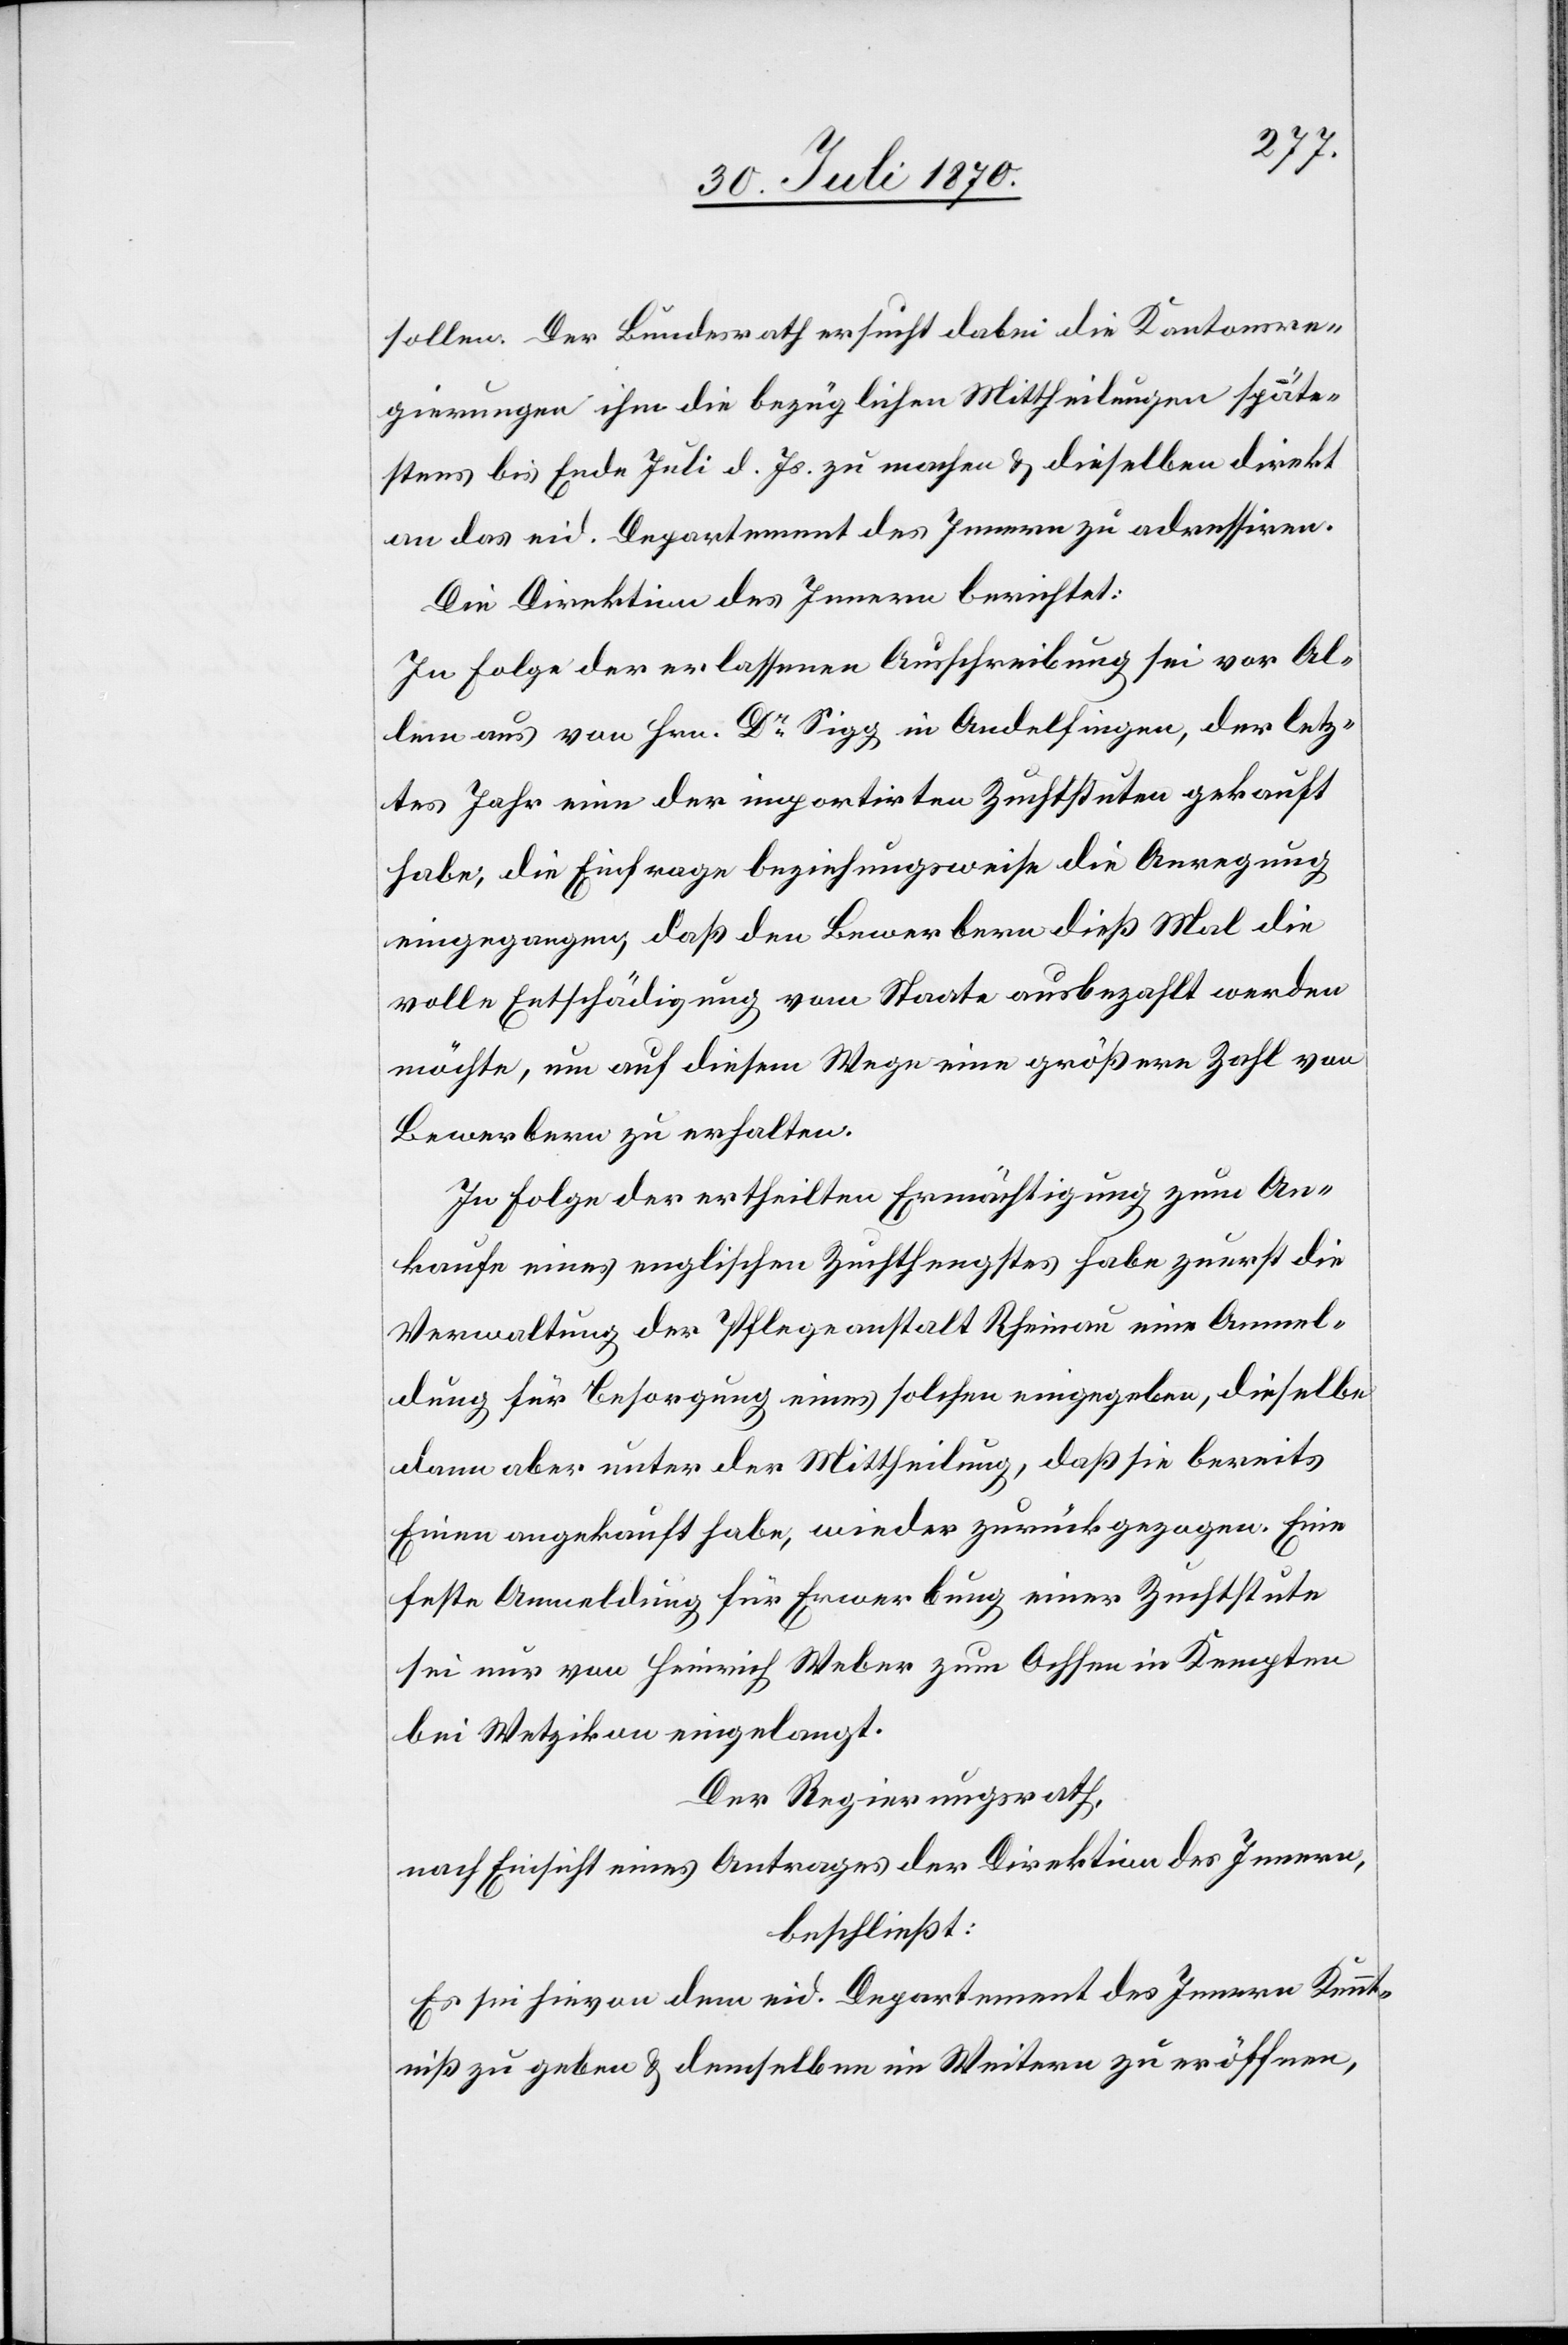
sollen. Der Bundesrath ersucht dabei die Kantonsre¬
gierungen ihm die bezüglichen Mittheilungen späte¬
stens bis Ende Juli d. Js. zu machen & dieselben direkt
an das eid. Departement des Innern zu adressiren.
Die Direktion des Innern berichtet:
In Folge der erlassenen Ausschreibung sei vor Al¬
lem aus [sic!] von Hrn. Dr Sigg in Andelfingen, der letz¬
tes Jahr eine der importirten Zuchtstuten gekauft
habe, die Einfrage beziehungsweise die Anregung
eingegangen, daß den Bewerbern dieß Mal die
volle Entschädigung vom Staate ausbezahlt werden
möchte, um auf diesem Wege eine größere Zahl von
Bewerbern zu erhalten.
In Folge der ertheilten Ermächtigung zum An¬
kaufe eines englischen Zuchthengstes habe zuerst die
Verwaltung der Pflegeanstalt Rheinau eine Anmel¬
dung für Besorgung eines solchen eingegeben, dieselbe
dann aber unter der Mittheilung, daß sie bereits
Einen angekauft habe, wieder zurückgezogen. Eine
feste Anmeldung für Erwerbung einer Zuchtstute
sei nur von Heinrich Weber zum Ochsen in Kempten
bei Wetzikon eingelangt.
Der Regierungsrath,
nach Einsicht eines Antrages der Direktion des Innern,
beschließt:
Es sei hievon dem eid. Departement des Innern Kennt¬
niß zu geben & demselben im Weitern zu eröffnen,